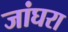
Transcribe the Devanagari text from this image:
जांघरा